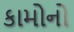
કામોનો